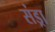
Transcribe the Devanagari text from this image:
संड्रा